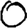
Digit: 0